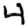
Digit: 4